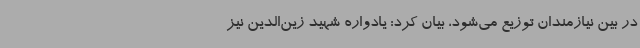
در بین نیازمندان توزیع می‌شود، بیان کرد: یادواره شهید زین‌الدین نیز